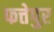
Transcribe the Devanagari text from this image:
फत्तेपुर